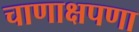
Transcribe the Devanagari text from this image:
चाणाक्षपणा